system: You are a helpful assistant.
user:
Analyze the provided spectrum to determine if it is a **S-type Star**.

- **Key Indicators for S-type Star:**

    - **(Overall Spectrum Shape):** The first and most obvious characteristic is the overall continuum (the "baseline" shape). It is **extremely "red-sloping,"** meaning the flux (light intensity) is very low on the left side (blue, ~4000-4500 Å) and rises steeply and continuously toward the right side (red, ~7000 Å+).

    - **(Primary):** The spectrum is defined by the presence of strong, broad molecular absorption "valleys" (bands) from **Zirconium Oxide (ZrO)**. The identification of these bands is the **primary requirement** for classifying a star as S-type.
        - **(Key Bandheads):** You must find distinct, deep "dips" where the light has been absorbed. The most critical band systems to locate are:
            - **~6474 Å** ($\gamma$-system): This is often the strongest and clearest ZrO feature, found in the red part of the spectrum.
            - **~5718 Å** & **~5551 Å** ($\beta$-system): A pair of prominent absorption features in the yellow-orange part of the spectrum.
            - **~4640 Å** ($\alpha$-system): A key absorption band system in the blue-green region of the spectrum.

    - **(Secondary Confirmation):** The classification is strengthened by finding additional absorption bands from other related heavy element oxides, which are expected to be present alongside ZrO.
        - **(Key Bandheads):**
            - **Yttrium Oxide (YO):** Look for absorption dips near **~4800 Å** and **~6100 Å**.
            - **Lanthanum Oxide (LaO):** Additional absorption features, particularly in the red-orange part of the spectrum, are also characteristic.

    - **(Line Profile):** The combination of the steep red continuum and these numerous, deep molecular bands (ZrO, YO, etc.) gives the entire spectrum a very **"chopped-up"** or **"bumpy"** appearance. Instead of a smooth curve, the spectrum looks as though large, wide chunks of light have been "carved out" of it at the specific wavelengths listed above.

Think first, call **spectral_visualization_tool** if needed to examine features in detail, then provide your final answer. Your response must adhere to the following strict rules:
1.  **Overall Structure:** Your response must follow the format `<think>...</think> <tool_call>...</tool_call> (if a tool is used) <answer>...</answer>`.
2.  **Tool Usage Constraint:** You may only make **one** tool call per turn.
3.  **Final Answer Format:** In the `<answer>` tag, your conclusion must be inside a `\boxed{}` command (e.g., `\boxed{YES}` or `\boxed{NO}`), followed by your justification.

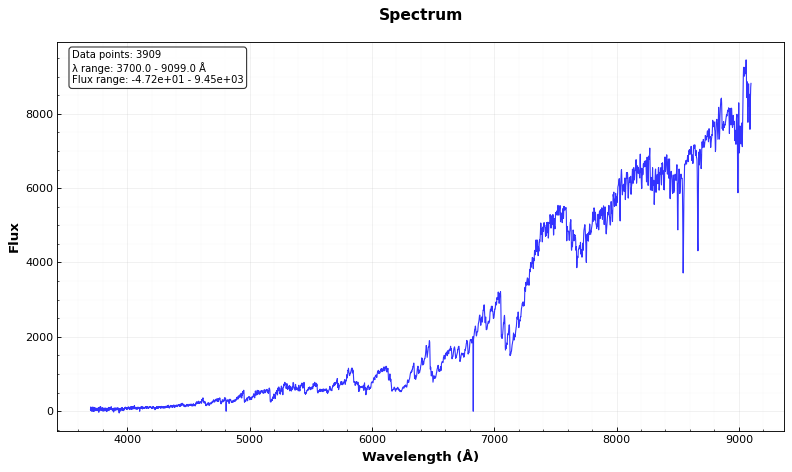
Answer: YES